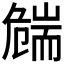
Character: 𦓛